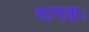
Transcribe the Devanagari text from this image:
भागशः